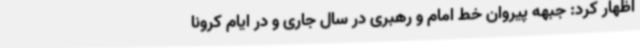
اظهار کرد: جبهه پیروان خط امام و رهبری در سال جاری و در ایام کرونا